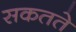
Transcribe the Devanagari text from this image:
सकतते